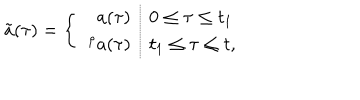
\tilde { a } ( \tau ) = \left\{ \begin{array} { r l } { { a ( \tau ) } } & { { 0 \leq \tau \leq t _ { 1 } } } \\ { { { } ^ { \rho } a ( \tau ) } } & { { t _ { 1 } \leq \tau \leq t , } } \\ \end{array} \right.